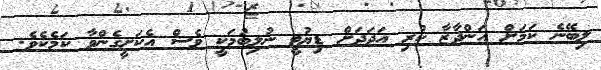
ލިބޭނެ ކަމަށް އަންދާޒާ ކުރި އަދަދަށް ޑިޔުޓީ ނުލިބުމަކީ ވެސް އެކަށީގެންވާ ކަމެކެވެ.